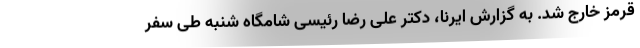
قرمز خارج شد. به گزارش ایرنا، دکتر علی رضا رئیسی شامگاه شنبه طی سفر